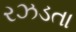
રઝડતા